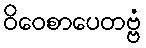
ဝိဝေစာပေတဗ္ဗံ